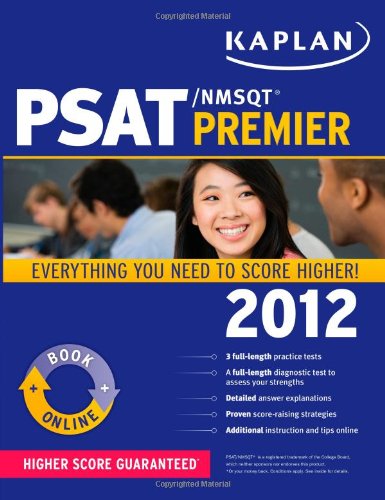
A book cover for Kaplan PSAT/NMSQT 2012 Premier; Kaplan; Test Preparation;